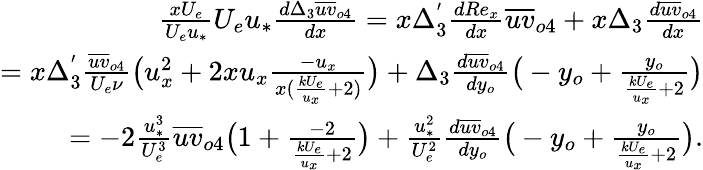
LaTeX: \begin{array}{r}{\frac{xU_{e}}{U_{e}u_{*}}U_{e}u_{*}\frac{d\Delta_{3}\overline{{uv}}_{o4}}{dx}=x\Delta_{3}^{'}\frac{dRe_{x}}{dx}\overline{{uv}}_{o4}+x\Delta_{3}\frac{d\overline{{uv}}_{o4}}{dx}}\\ {=x\Delta_{3}^{'}\frac{\overline{{uv}}_{o4}}{U_{e}\nu}\big(u_{x}^{2}+2xu_{x}\frac{-u_{x}}{x(\frac{kU_{e}}{u_{x}}+2)}\big)+\Delta_{3}\frac{d\overline{{uv}}_{o4}}{dy_{o}}\big(-y_{o}+\frac{y_{o}}{\frac{kU_{e}}{u_{x}}+2}\big)}\\ {=-2\frac{u_{*}^{3}}{U_{e}^{3}}\overline{{uv}}_{o4}\big(1+\frac{-2}{\frac{kU_{e}}{u_{x}}+2}\big)+\frac{u_{*}^{2}}{U_{e}^{2}}\frac{d\overline{{uv}}_{o4}}{dy_{o}}\big(-y_{o}+\frac{y_{o}}{\frac{kU_{e}}{u_{x}}+2}\big).}\end{array}